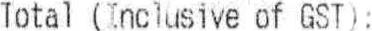
TOTAL (INCLUSIVE OF GST):